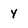
Character: y